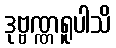
ဒုဗ္ဗဏ္ဏရူပါသိ